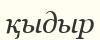
қыдыр